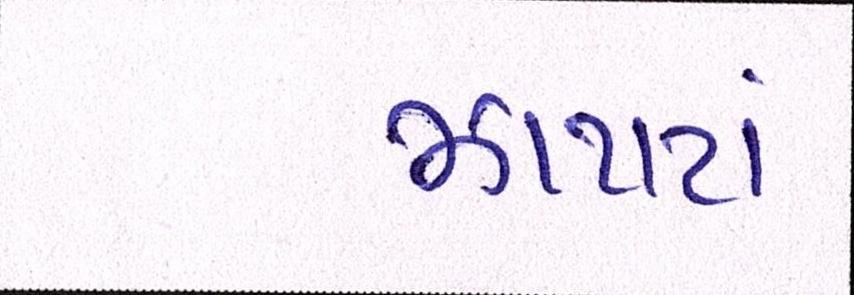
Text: ઝાપટાં